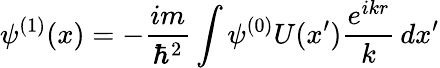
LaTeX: \psi^{(1)}(x)=-{\frac{im}{\hbar^{2}}}\int\psi^{(0)}U(x^{\prime}){\frac{e^{ikr}}{k}}\, dx^{\prime}